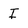
Character: I